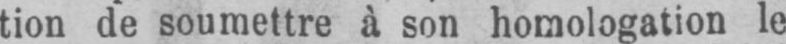
tion de soumettre à son homologation le